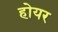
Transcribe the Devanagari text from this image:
होयर